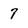
Character: 7